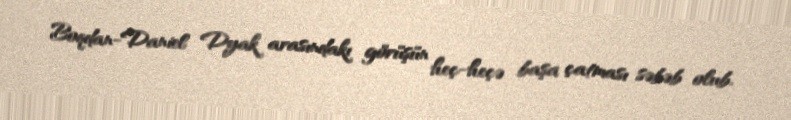
Boqdan-Daniel Dyak arasındakı görüşün heç-heçə başa çatması səbəb olub.